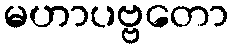
မဟာပဗ္ဗတော